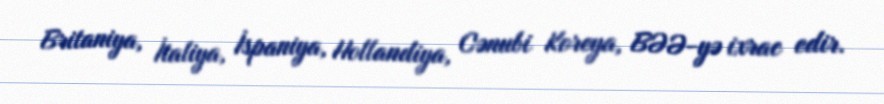
Britaniya, İtaliya, İspaniya, Hollandiya, Cənubi Koreya, BƏƏ-yə ixrac edir.